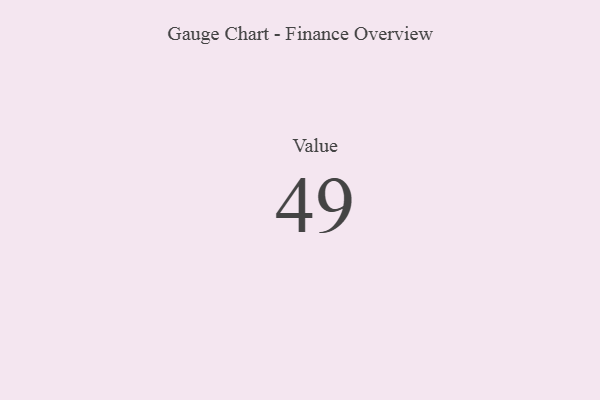
{"axis": {"x": "Metric", "y": "Value"}, "legend": [""], "data": [{"x": "Value", "y": 49, "type": ""}]}